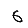
Digit: 6